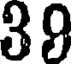
39